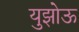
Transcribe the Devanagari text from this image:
युझोऊ